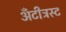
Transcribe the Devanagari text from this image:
अँटीट्रस्ट